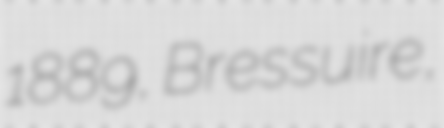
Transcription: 1889, Bressuire,